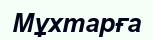
Мұхтарға